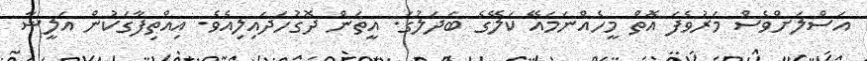
އަސްލަށްވެސް މަރުވެފަ އޮތް މީހެއްނަމައޭ ކަލޭގެ ބަދަލުގަ. އީތަން ދޮގުހަދައިލިއެވެ. އިއްތިފާގަކުން އަލީޝާ